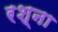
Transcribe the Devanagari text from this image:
रश्ना